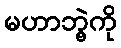
မဟာဘွဲ့ကို